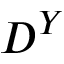
D ^ { Y }